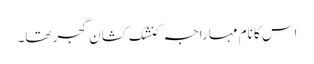
اس کا نام مہاراجہ کنشک کشان گجر تھا۔